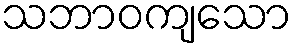
သဘာဝကျသော